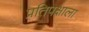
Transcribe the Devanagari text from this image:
प्रतिपक्षाला